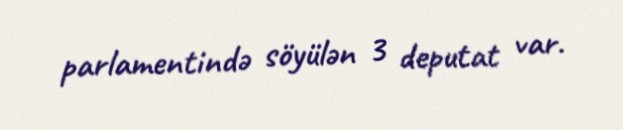
parlamentində söyülən 3 deputat var.